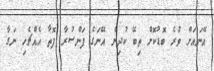
އޭނައަށް ވުރެ ބޮޑުކޮށް ތިބޭ ކުދިން އޭނަގެ ފަންސުރާ ފޮތާ އެއްޗެހި ނަގާ